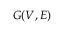
G ( V , E )